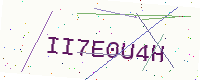
Text: II7E0U4H